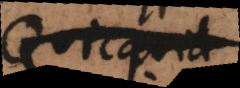
Quicquid